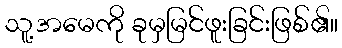
သူ့အမေကို ခုမှမြင်ဖူးခြင်းဖြစ်၏။